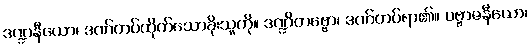
ဒဏ္ဍနီယော၊ ဒဏ်တပ်ထိုက်သောခိုးသူကို။ ဒဏ္ဍိတဗ္ဗော၊ ဒဏ်တပ်ရာ၏။ ပဗ္ဗာဇနီယော၊